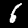
Label: 6